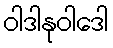
ဝါဒါနုဝါဒေါ